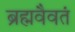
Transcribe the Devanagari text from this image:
ब्रह्मवैवतं